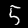
Label: 5